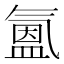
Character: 𭯳